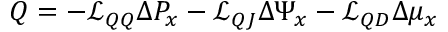
Q = - \mathcal { L } _ { Q Q } \Delta P _ { x } - \mathcal { L } _ { Q J } \Delta \Psi _ { x } - \mathcal { L } _ { Q D } \Delta \mu _ { x }